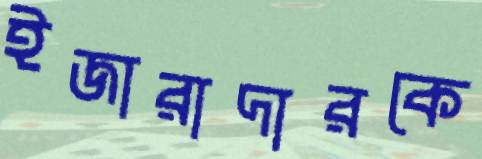
ইজারাদারকে